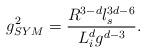
LaTeX: \begin{align*}g_{SYM}^2 = \frac {R^{3-d} l_s^{3d-6}}{L_i^d g^{d-3}}.\end{align*}